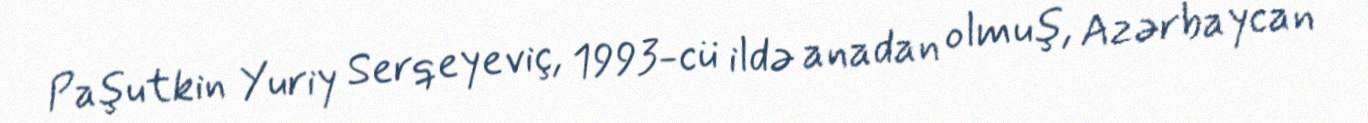
Paşutkin Yuriy Serqeyeviç, 1993-cü ildə anadan olmuş, Azərbaycan